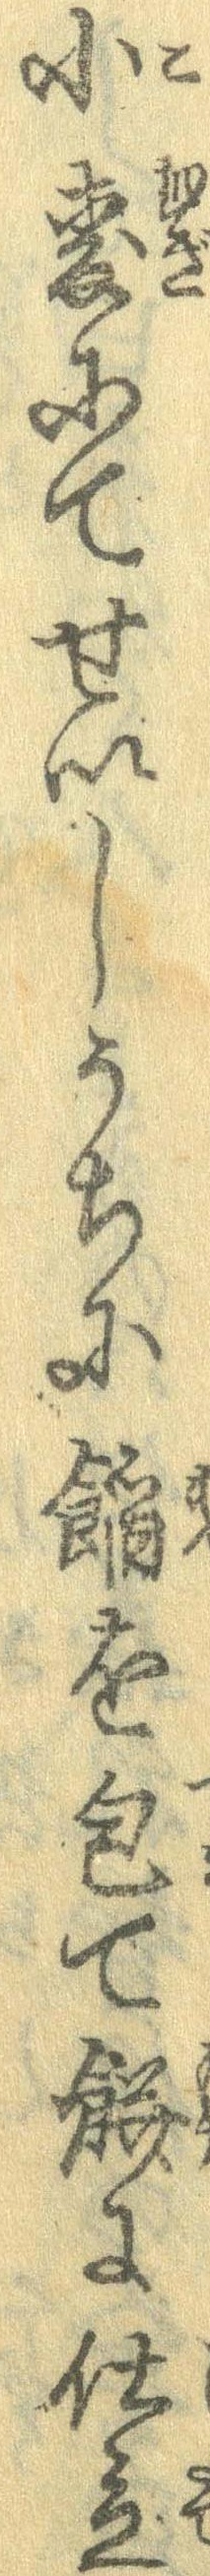
小麦にてせいしうちに饀を包て餅に仕立